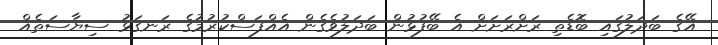
އޭގެ ބަދަލުގައި ބޮޑެތި ރަށްރަށަށް އެ ބޭފުޅުން ބަދަލުވެގެން އެއްފަސްކުރުމުގެ ރަނގަޅު ސިޔާސަތެއް